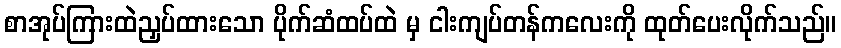
စာအုပ်ကြားထဲညှပ်ထားသော ပိုက်ဆံထပ်ထဲ မှ ငါးကျပ်တန်ကလေးကို ထုတ်ပေးလိုက်သည်။